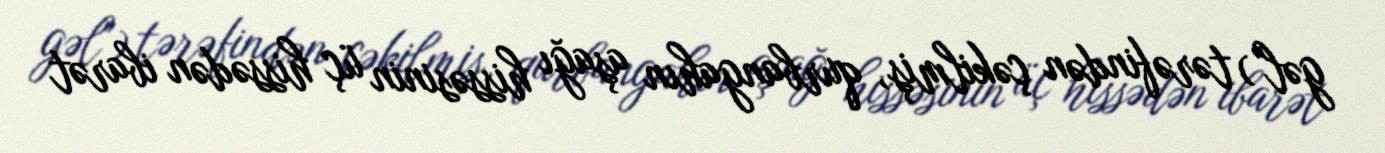
gəl") tərəfindən çəkilmiş, qurbangahın aşağı hissəsinin üç hissədən ibarət